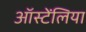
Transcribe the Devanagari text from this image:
ऑस्टेंलिया